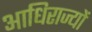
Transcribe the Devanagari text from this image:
आधिराज्यों